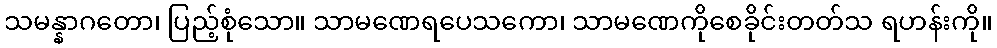
သမန္နာဂတော၊ ပြည့်စုံသော။ သာမဏေရပေသကော၊ သာမဏေကိုစေခိုင်းတတ်သ ရဟန်းကို။